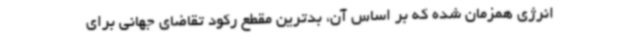
انرژی همزمان شده که بر اساس آن، بدترین مقطع رکود تقاضای جهانی برای